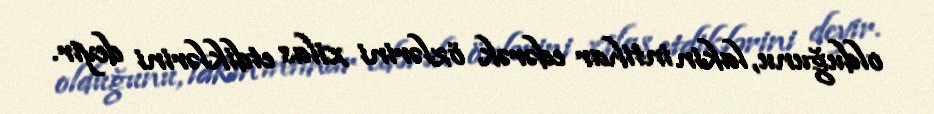
olduğunu, lakin intihar edərək özlərini xilas etdiklərini deyir.